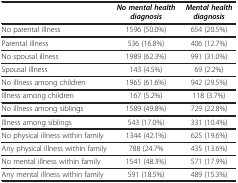
<table><thead><tr><td><b> </b></td><td><b><i>No mental health diagnosis</i></b></td><td><b><i>Mental health diagnosis</i></b></td></tr></thead><tbody><tr><td>No parental illness</td><td>1596 (50.0%)</td><td>654 (20.5%)</td></tr><tr><td>Parental illness</td><td>536 (16.8%)</td><td>406 (12.7%)</td></tr><tr><td>No spousal illness</td><td>1989 (62.3%)</td><td>991 (31.0%)</td></tr><tr><td>Spousal illness</td><td>143 (4.5%)</td><td>69 (2.2%)</td></tr><tr><td>No illness among children</td><td>1965 (61.6%)</td><td>942 (29.5%)</td></tr><tr><td>Illness among children</td><td>167 (5.2%)</td><td>118 (3.7%)</td></tr><tr><td>No illness among siblings</td><td>1589 (49.8%)</td><td>729 (22.8%)</td></tr><tr><td>Illness among siblings</td><td>543 (17.0%)</td><td>331 (10.4%)</td></tr><tr><td>No physical illness within family</td><td>1344 (42.1%)</td><td>625 (19.6%)</td></tr><tr><td>Any physical illness within family</td><td>788 (24.7%</td><td>435 (13.6%)</td></tr><tr><td>No mental illness within family</td><td>1541 (48.3%)</td><td>571 (17.9%)</td></tr><tr><td>Any mental illness within family</td><td>591 (18.5%)</td><td>489 (15.3%)</td></tr></tbody></table>